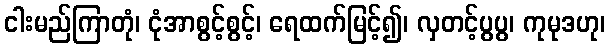
ငါးမည်ကြာတုံ၊ ငုံအာစွင့်စွင့်၊ ရေထက်မြင့်၍၊ လှတင့်ပွပွ၊ ကုမုဒဟု၊